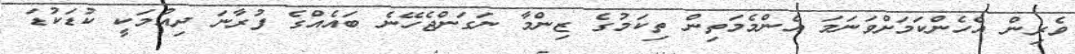
ވެރިން އެހެންކަމަށްވަނަމަ އެންމެމަތިން ތިކަމުގެ ޒިންމާ ނަގަންޖެހޭނެ ބައެއްގެ ފުރާނަ ދިއުމަކީ ކުޑަކުޑަ